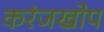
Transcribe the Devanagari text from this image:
करंजखोप